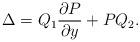
LaTeX: \begin{align*}\Delta=Q_1\frac{\partial P}{\partial y}+PQ_2. \end{align*}